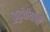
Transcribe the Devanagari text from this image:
कुटुंवीयांनी